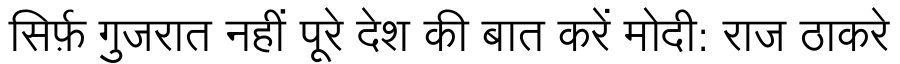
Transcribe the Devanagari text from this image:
सिर्फ़ गुजरात नहीं पूरे देश की बात करें मोदी: राज ठाकरे